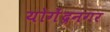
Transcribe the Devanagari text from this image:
योगेंद्रनगर